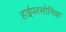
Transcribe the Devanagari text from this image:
हाईपरसोनिक